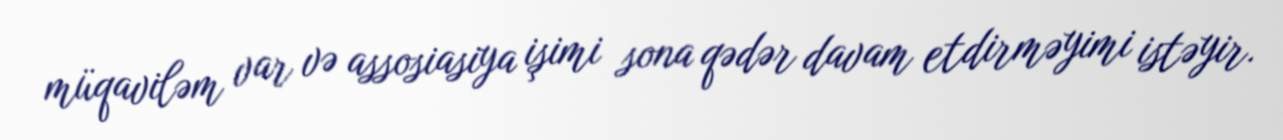
müqaviləm var və assosiasiya işimi sona qədər davam etdirməyimi istəyir.